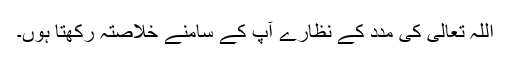
اللہ تعالیٰ کی مدد کے نظارے آپ کے سامنے خلاصتہً رکھتا ہوں۔